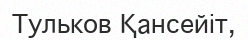
Тульков Қансейіт,